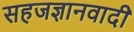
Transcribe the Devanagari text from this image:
सहजज्ञानवादी